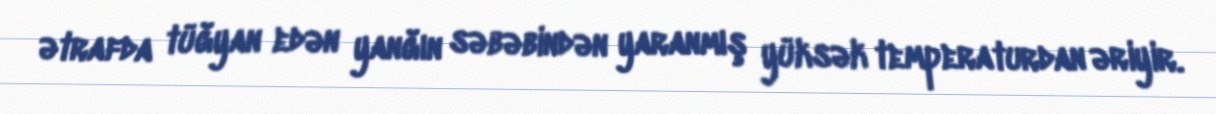
ətrafda tüğyan edən yanğın səbəbindən yaranmış yüksək temperaturdan əriyir.